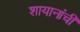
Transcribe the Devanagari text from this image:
शायानांची